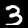
Digit: 3